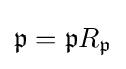
{\mathfrak {p}}={\mathfrak {p}}R_{\mathfrak {p}}